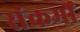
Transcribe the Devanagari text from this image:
संकर्मों